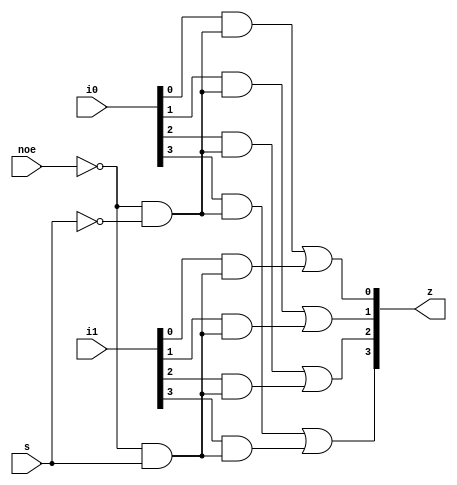
`ifndef INCLUDED_74157
`define INCLUDED_74157

`timescale 1ns/1ps

module ic74157_mux 
    #(parameter TPLHD = 14, TPHLD = 14, TPLHE = 20, TPHLE = 21, TPLHS = 23, TPHLS = 27)
    (input wire noe, s, input wire [3:0] i0, i1, output wire [3:0] z);

    wire #(TPLHE - TPLHD, TPHLE - TPHLD) sel0 = ~noe & ~s;
    wire #(TPLHS - TPLHD, TPHLS - TPHLD) sel1 = ~noe & s;

    wire #(TPLHD, TPHLD) z0 = (i0[0] & sel0) | (i1[0] & sel1);
    wire #(TPLHD, TPHLD) z1 = (i0[1] & sel0) | (i1[1] & sel1);
    wire #(TPLHD, TPHLD) z2 = (i0[2] & sel0) | (i1[2] & sel1);
    wire #(TPLHD, TPHLD) z3 = (i0[3] & sel0) | (i1[3] & sel1);

    assign z = {z3, z2, z1, z0};
endmodule

`endif